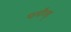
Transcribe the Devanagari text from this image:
थर्मंण्ड्